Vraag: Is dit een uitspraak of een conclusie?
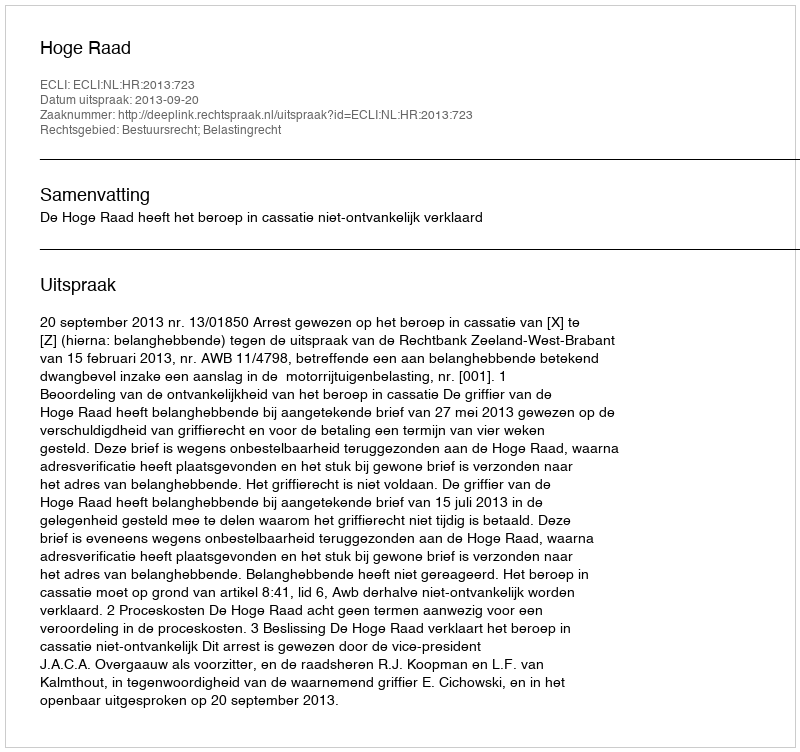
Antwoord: Uitspraak